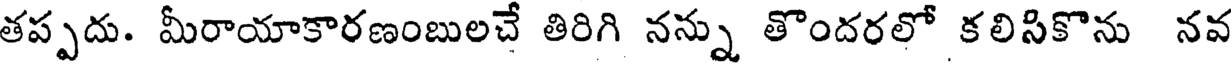
తప్పదు. మీరాయాకారణంబులచే తిరిగి నన్ను తొందరలో కలిసికొను నవ